Lunatic asylums Bombay report 1891-1903 - 1891-1903
Year: 1891
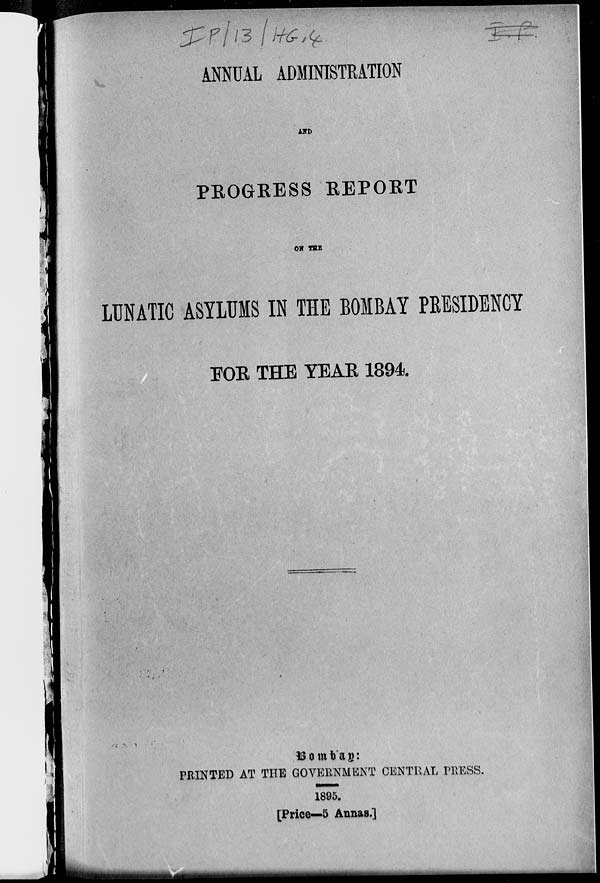
ANNUAL ADMINISTRATION
AND
PEOGRESS REPORT
ON THE
LUNATIC ASYLUMS IN THE BOMBAY PRESIDENCY
FOR THE YEAR 1894.
Bombay:
PRINTED AT THE GOVERNMENT CENTRAL PRESS.
1895.
[Price—5 Annas.]